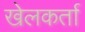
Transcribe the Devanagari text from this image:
खेलकर्ता